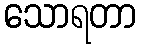
သောရတာ